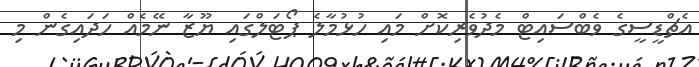
އެޗްޑީސީގެ ވެބްސައިޓް މެދުވެރިކޮށް މައި ހުޅުމާލެ ޕޯޓަލްގައި ޔޫޒާ ނޭމެއް ހަދައިގެން މި